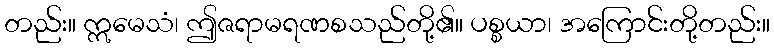
တည်း။ ဣမေသံ၊ ဤဇရာမရဏစသည်တို့၏။ ပစ္စယာ၊ အကြောင်းတို့တည်း။